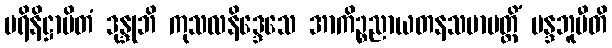
ပရိနိဋ္ဌာပိတံ ဒုန္ဒုဘိ ကုသလနိဒ္ဒေသေ အာကိဉ္စညာယတနသမာပတ္တိံ မန္ဒဘူမီတိ